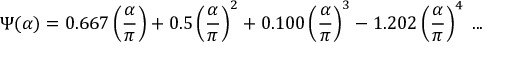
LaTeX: \Psi ( \alpha ) = 0 . 6 6 7 \left( { \frac { \alpha } { \pi } } \right) + 0 . 5 \left( { \frac { \alpha } { \pi } } \right) ^ { 2 } + 0 . 1 0 0 \left( { \frac { \alpha } { \pi } } \right) ^ { 3 } - 1 . 2 0 2 \left( { \frac { \alpha } { \pi } } \right) ^ { 4 } \; . . .